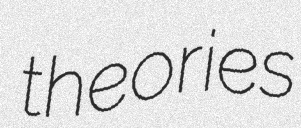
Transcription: theories